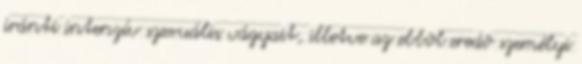
iránti intenzív szexuális vágyait, illetve az ebbõl eredõ személyi